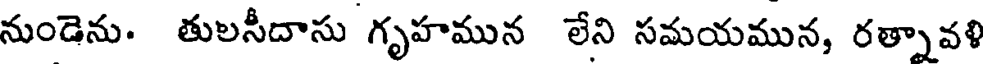
నుండెను. తులసీదాసు గృహమున లేని సమయమున, రత్నావళి